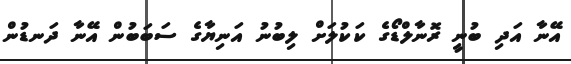
އޭނާ އަދި ބުނީ ރޮނާލްޑޯގެ ކަކުލަށް ލިބުނު އަނިޔާގެ ސަަބަބުން އޭނާ ދަނޑުން